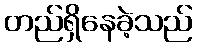
တည်ရှိနေခဲ့သည်